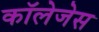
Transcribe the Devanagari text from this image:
काॅलेजेस